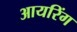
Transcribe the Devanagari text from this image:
आयरिंग